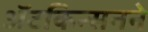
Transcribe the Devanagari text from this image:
ॲटकिन्सनने